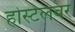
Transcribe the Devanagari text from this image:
होस्टेलवर